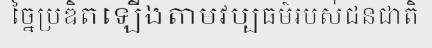
ច្នៃប្រឌិតឡើងតាមវប្បធម៌របស់ជនជាតិ